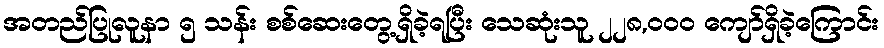
အတည်ပြုလူနာ ၅ သန်း စစ်ဆေးတွေ့ရှိခဲ့ရပြီး သေဆုံးသူ ၂၂၈,၀၀၀ ကျော်ရှိခဲ့ကြောင်း